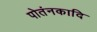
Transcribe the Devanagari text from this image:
पोतंनकादि